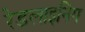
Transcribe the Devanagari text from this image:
रेडलाइनिंग